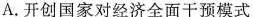
A.开创国家对经济全面干预模式